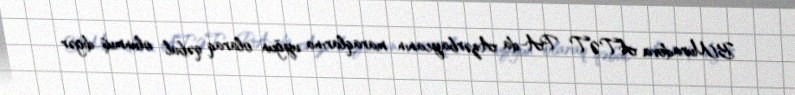
B.Muradova ATƏT PA-da Azərbaycanın maraqlarına uyğun olaraq qəbul olunmuş digər